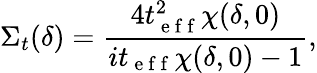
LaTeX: \Sigma_{t}(\delta)=\frac{4t_{\mathrm{~e~f~f~}}^{2}\chi(\delta,0)}{it_{\mathrm{~e~f~f~}}\chi(\delta,0)-1},